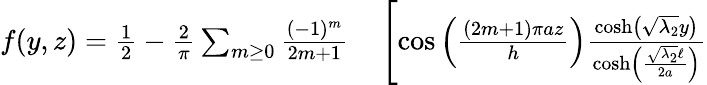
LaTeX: \begin{array}{rl}{f(y,z)=\frac{1}{2}-\frac{2}{\pi}\sum_{m\geq 0}\frac{(-1)^{m}}{2m+1}}&{{}\left[\cos\left(\frac{(2m+1)\pi az}{h}\right)\frac{\cosh\left(\sqrt{\lambda_{2}}y\right)}{\cosh\left(\frac{\sqrt{\lambda_{2}}\ell}{2a}\right)}\right.}\end{array}